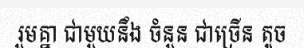
រួមគ្នា ជាមួយនឹង ចំនួន ជាច្រើន តូច